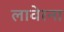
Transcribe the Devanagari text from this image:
लावेरना